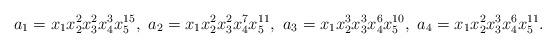
LaTeX: \begin{align*}&a_{1} = x_1x_2^{2}x_3^{2}x_4^{3}x_5^{15},\ a_{2} = x_1x_2^{2}x_3^{2}x_4^{7}x_5^{11},\ a_{3} = x_1x_2^{3}x_3^{3}x_4^{6}x_5^{10},\ a_{4} = x_1x_2^{2}x_3^{3}x_4^{6}x_5^{11}.\end{align*}